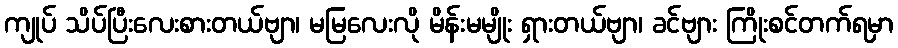
ကျုပ် သိပ်ပြီးလေးစားတယ်ဗျာ၊ မမြလေးလို မိန်းမမျိုး ရှားတယ်ဗျာ၊ ခင်ဗျား ကြိုးစင်တက်ရမှာ